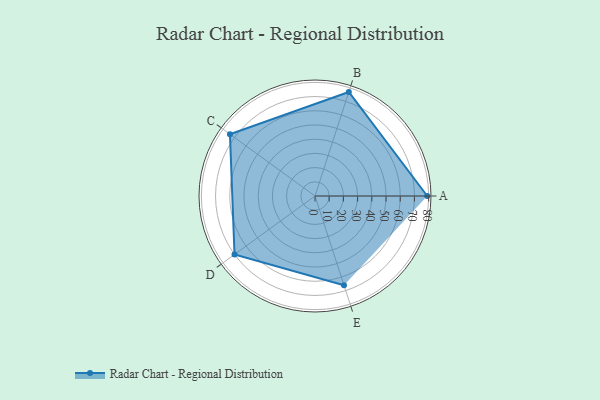
{"axis": {"x": "Skill", "y": "Score"}, "legend": ["Profile"], "data": [{"x": "A", "y": 79.0, "type": "Profile"}, {"x": "B", "y": 77.0, "type": "Profile"}, {"x": "C", "y": 74.0, "type": "Profile"}, {"x": "D", "y": 70.0, "type": "Profile"}, {"x": "E", "y": 66.0, "type": "Profile"}]}